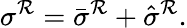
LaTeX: \sigma^{\mathcal{R}}=\bar{{\sigma}}^{\mathcal{R}}+\hat{{\sigma}}^{\mathcal{R}}.